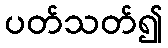
ပတ်သတ်၍